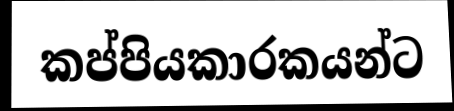
කප්පියකාරකයන්ට